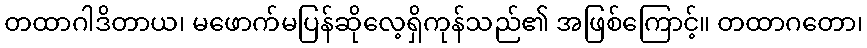
တထာဂါဒိတာယ၊ မဖောက်မပြန်ဆိုလေ့ရှိကုန်သည်၏ အဖြစ်ကြောင့်။ တထာဂတော၊